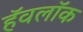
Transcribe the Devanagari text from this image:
हॅवलॉक